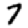
Digit: 7